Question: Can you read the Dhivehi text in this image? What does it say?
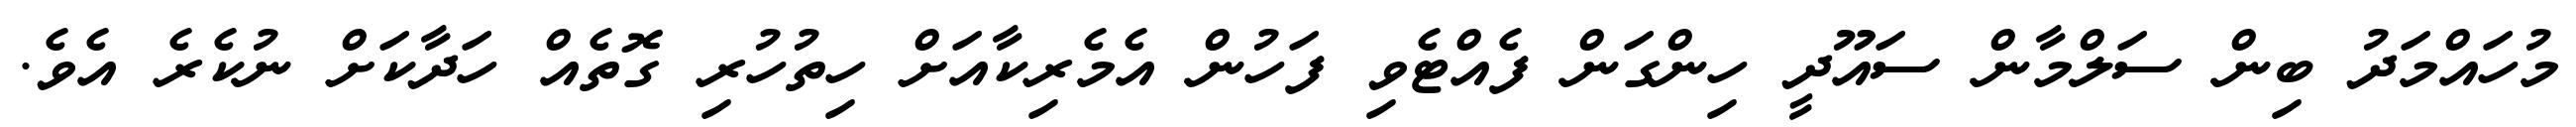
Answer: މުހައްމަދު ބިން ސަލްމާން ސައޫދީ ހިންގަން ފެއްޓެވި ފަހުން އެމެރިކާއަށް ހިތުހުރި ގޮތެއް ހަދާކަށް ނުކެރެ އެވެ.